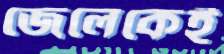
জেলেকেই